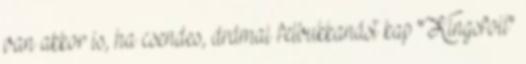
van akkor is, ha csendes, drámai felbukkanást kap "Kingsfoil"